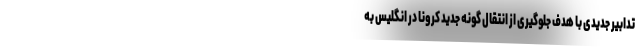
تدابیر جدیدی با هدف جلوگیری از انتقال گونه جدید کرونا در انگلیس به